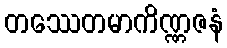
တဿေတမာကိဏ္ဏဇနံ